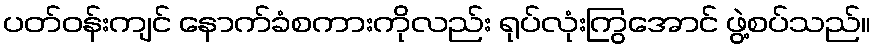
ပတ်ဝန်းကျင် နောက်ခံစကားကိုလည်း ရုပ်လုံးကြွအောင် ဖွဲ့စပ်သည်။